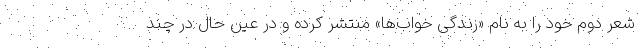
شعر دوم خود را به نام «زندگی خواب‌ها» منتشر کرده و در عین حال در چند